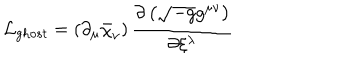
{ \cal L } _ { g h o s t } = \left( \partial _ { \mu } \bar { \chi } _ { \nu } \right) \frac { \partial \left( \sqrt { - g } g ^ { \mu \nu } \right) } { \partial \xi ^ { \lambda } }